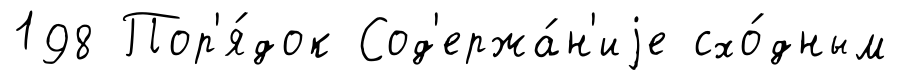
198 Пор'я́док Сод'ержа́н'иjе схо́дным